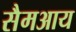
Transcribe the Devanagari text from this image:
सैमआय